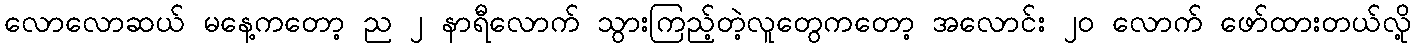
လောလောဆယ် မနေ့ကတော့ ည ၂ နာရီလောက် သွားကြည့်တဲ့လူတွေကတော့ အလောင်း ၂၀ လောက် ဖော်ထားတယ်လို့